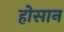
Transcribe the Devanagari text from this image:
होसान